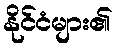
နိုင်ငံများ၏